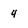
Character: 4